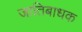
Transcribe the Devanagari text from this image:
जातिबाधक